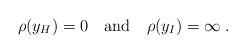
LaTeX: \begin{align*}\rho (y_{H})=0\quad \textrm{and}\quad \rho (y_{I})=\infty \; .\end{align*}